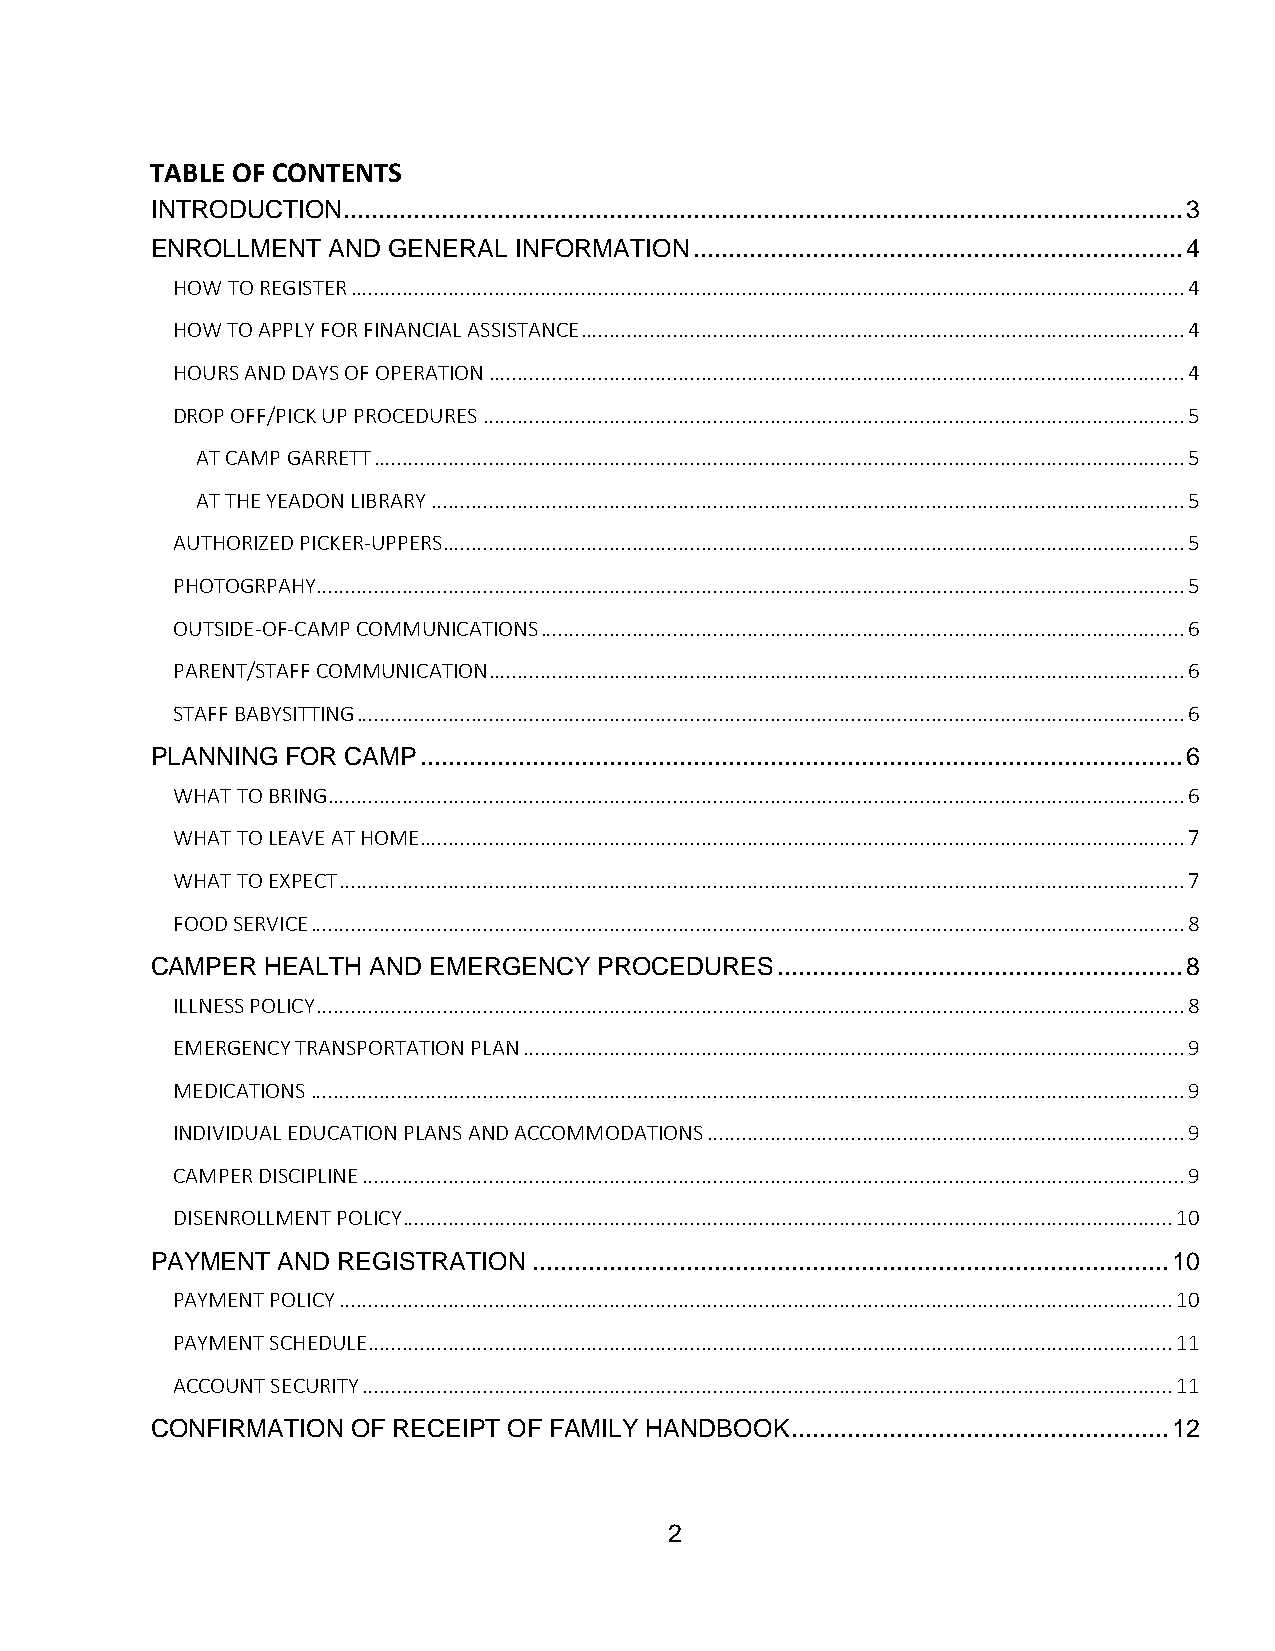
TABLE OF CONTENTS
 INTRODUCTION ........................................................................................................................ 3
 ENROLLMENT  AND GENERAL INFORMATION ...................................................................... 4
 HOW TO REGISTER ................................................................................................................................................. 4
 HOW TO APPLY FOR FINANCIAL ASSISTANCE ......................................................................................................... 4
 HOURS AND DAYS OF OPERATION ......................................................................................................................... 4
 DROP OFF/PICK UP PROCEDURES .......................................................................................................................... 5
 AT CAMP GARRETT ............................................................................................................................................. 5
 AT THE YEADON LIBRARY ................................................................................................................................... 5
 AUTHORIZED PICKER-UPPERS ................................................................................................................................. 5
 PHOTOGRPAHY ....................................................................................................................................................... 5
 OUTSIDE-OF-CAMP COMMUNICATIONS ................................................................................................................ 6
 PARENT/STAFF COMMUNICATION ......................................................................................................................... 6
 STAFF BABYSITTING ................................................................................................................................................ 6
 PLANNING FOR CAMP ............................................................................................................. 6
 WHAT TO BRING ..................................................................................................................................................... 6
 WHAT TO LEAVE AT HOME ..................................................................................................................................... 7
 WHAT TO EXPECT ................................................................................................................................................... 7
 FOOD SERVICE ........................................................................................................................................................ 8
 CAMPER  HEALTH AND EMERGENCY  PROCEDURES .......................................................... 8
 ILLNESS POLICY ....................................................................................................................................................... 8
 EMERGENCY TRANSPORTATION PLAN ................................................................................................................... 9
 MEDICATIONS ........................................................................................................................................................ 9
 INDIVIDUAL EDUCATION PLANS AND ACCOMMODATIONS ................................................................................... 9
 CAMPER DISCIPLINE ............................................................................................................................................... 9
 DISENROLLMENT POLICY ...................................................................................................................................... 10
 PAYMENT AND REGISTRATION ........................................................................................... 10
 PAYMENT POLICY ................................................................................................................................................. 10
 PAYMENT SCHEDULE ............................................................................................................................................ 11
 ACCOUNT SECURITY ............................................................................................................................................. 11
 CONFIRMATION OF RECEIPT OF FAMILY HANDBOOK ...................................................... 12
 2